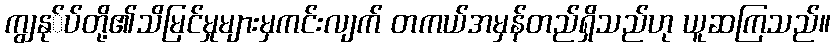
ကျွနု်ပ်တို့၏သိမြင်မှုများမှကင်းလျက် တကယ်အမှန်တည်ရှိသည်ဟု ယူဆကြသည်။